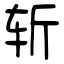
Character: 斩